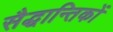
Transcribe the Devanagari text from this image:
सैद्धान्तिकों